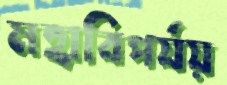
মহাবিপর্যয়